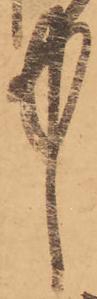
中